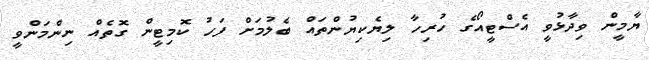
ޔާމީން ވިދާޅުވީ އެސްޓީއޯގެ ހުރިހާ ލިޔެކިޔުންތައް ބެލުމަށް ފަހު ކޮމިޓީން ގޮތެއް ނިންމަންވީ